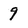
Character: 9